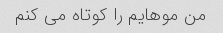
من موهایم را کوتاه می کنم